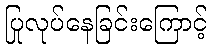
ပြုလုပ်နေခြင်းကြောင့်